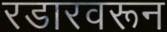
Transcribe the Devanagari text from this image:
रडारवरून